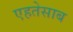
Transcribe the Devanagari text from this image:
एहतेसाब